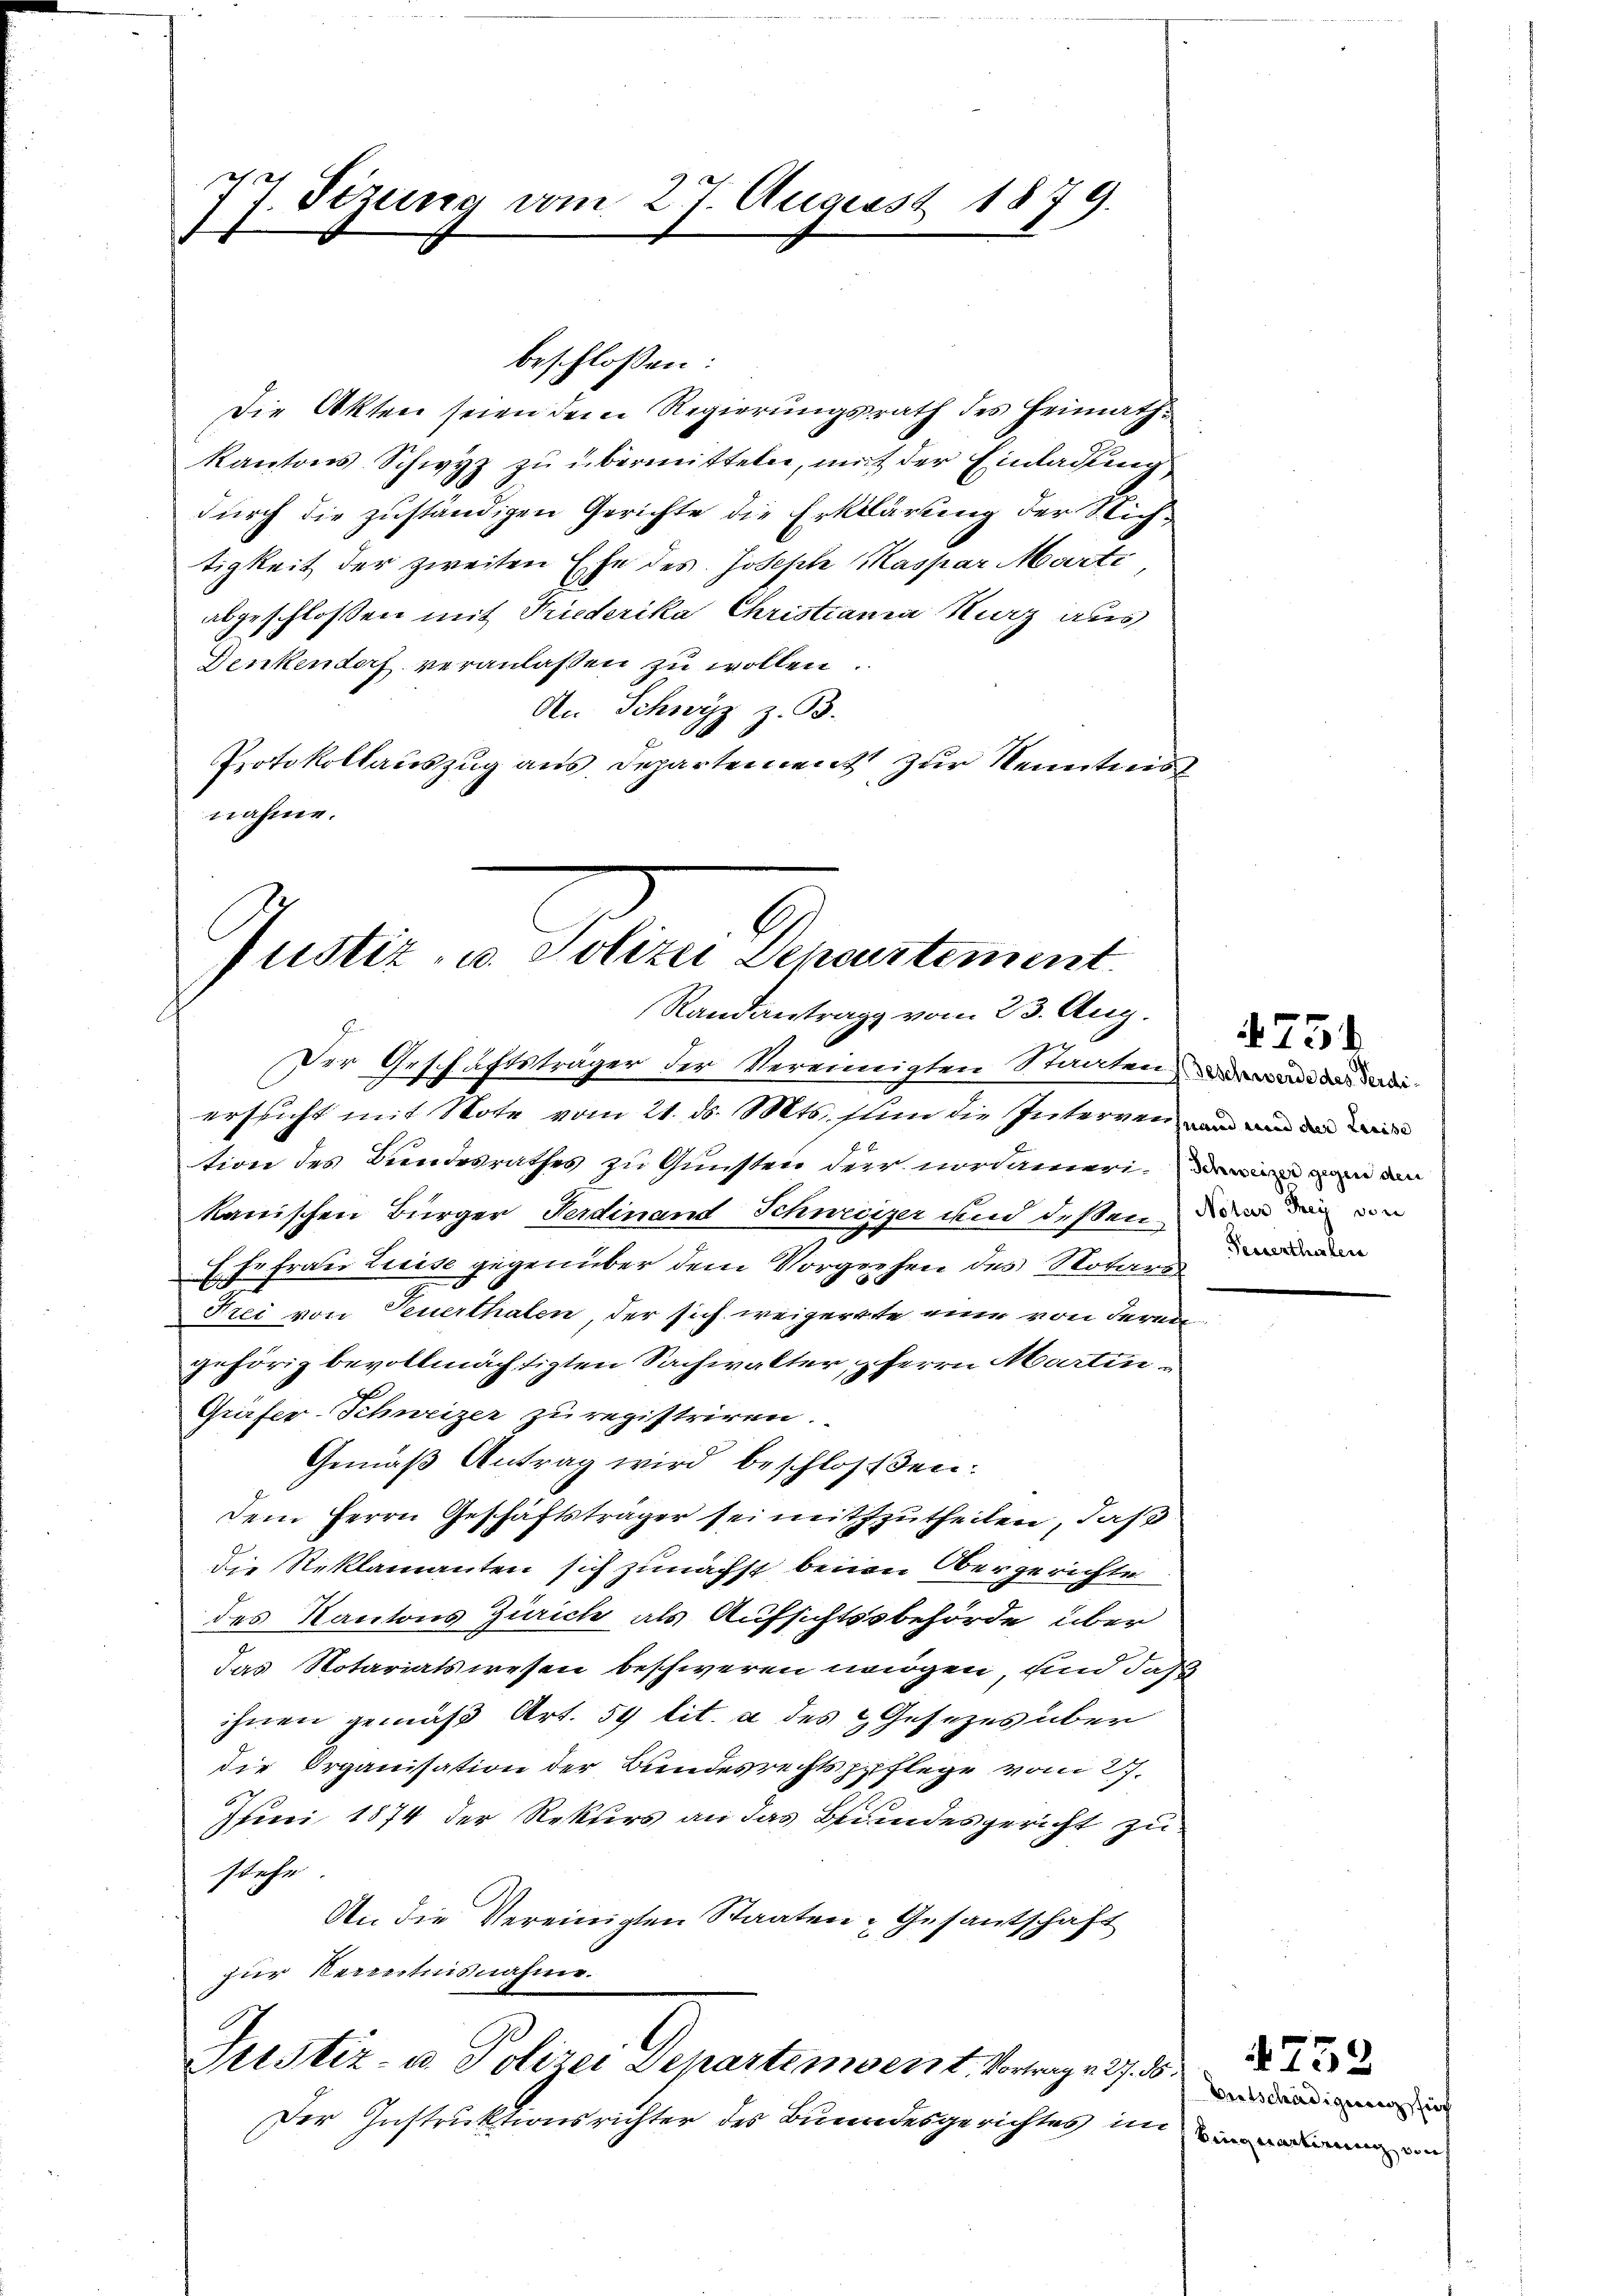
7. Sizung vom 27. August 1879.
1

Die Akten seien dem Regierungsrath des Heimath¬
Kantons Schwyz zu übermitteln, mit der Einladung
durch die zuständigen Gerichte die Erklärung der Stichtigkeit der zweiten Ehe des Joseph Maspar Marti
abgeschlossen mit Friederika Christiania Kurz aus
Denkendorf veranlaßen zu wollen.
An Schwyz z. B.
Protokollauszug aus Departement zur Kenntnis
nahme.

Gunter u. Petern derentement
Randantrag vom 23. Aug.
Der Geschäftsträger der Vereinigten Staatend da di

beschlossen:

ersicht mit Note vom 21. ds. Mts. sein die Interren und und die wir
tion des Bundesrathes zu Gunsten der Nordamerin man an
kanischen Bürger Ferdinand Schweizer und deßen, der die von
Ehefrau Kreise gegenüber dem Vorgehen des Notare
Frei von Feuerthalen, der sich weigerte eine von deren
gehörig bevollmächtigten Sachwalter Herrn Martin¬
Girfer-Schweizer zu registriren.
Gemäß Antrag wird beschloßen:
Dem Herrn Geschäftsträger sei mitzutheilen, daß
die Reklamanten sich zunächst beim Obergerichte
des Kantons Zürich als Aufsichtssbehörde über
das Notariatswesen beschweren mögen, und daß
ihnen gemäß Art. 59 lit. a des & Gesezes über
die Organisation der Bundesrechtspflege vom 27.
Juni 1874 der Rekurs an das Bundesgericht zustehe.
An die Vereinigten Staaten Gesantschaft
zur Kenntnisnahme.
Justiz- u. Polizei Departement. Vortrage 37. 35.
Der Instruktionsrichter des Bundesgerichtes im

Peeserthenten

4254

Bertschädigung hier

752